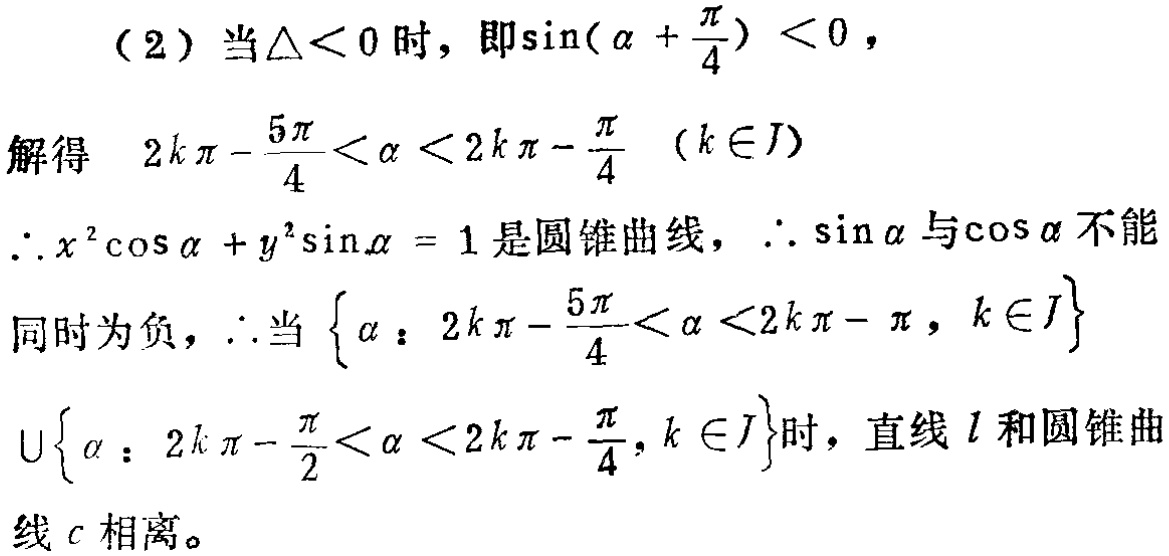
(2) 当\(\Delta<0\)时，即\(\sin(\alpha +\frac{\pi}{4}) < 0\)，
解得 \(2k\pi - \frac{5\pi}{4}<\alpha < 2k\pi - \frac{\pi}{4}\ (k\in J)\)
\(\therefore x^{2}\cos\alpha + y^{2}\sin\alpha = 1\)是圆锥曲线，\(\therefore \sin\alpha\)与\(\cos\alpha\)不能
同时为负，\(\therefore\)当\(\{\alpha: 2k\pi - \frac{5\pi}{4}<\alpha <2k\pi - \pi, k\in J\}\)
\(\cup\{\alpha: 2k\pi - \frac{\pi}{2}<\alpha < 2k\pi - \frac{\pi}{4}, k\in J\}\)时，直线\(l\)和圆锥曲
线\(c\)相离。